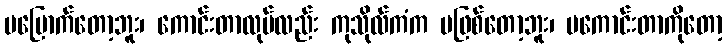
မမြောက်တော့ဘူး၊ ကောင်းတာလုပ်လည်း ကုသိုလ်ကံက မဖြစ်တော့ဘူး၊ မကောင်းတာကိုတော့